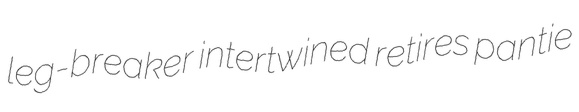
leg-breaker intertwined retires pantie